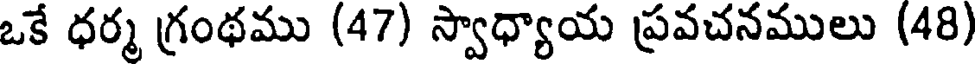
ఒకే ధర్మ గ్రంథము (47) స్వాధ్యాయ ప్రవచనములు (48)